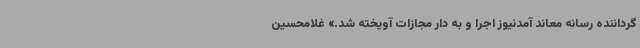
گرداننده رسانه معاند آمدنیوز اجرا و به دار مجازات آویخته شد.» غلامحسین